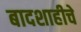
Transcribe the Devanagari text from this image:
बादशाहीचे